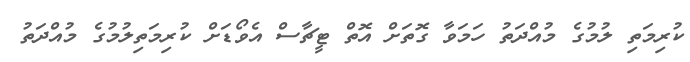
ކުރިމަތި ލުުމުގެ މުއްދަތު ހަމަވާ ގޮތަށް އޮތް ޓީޗާސް އެވޯޑަށް ކުރިމަތިލުމުގެ މުއްދަތު